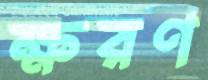
ক্ষরণ